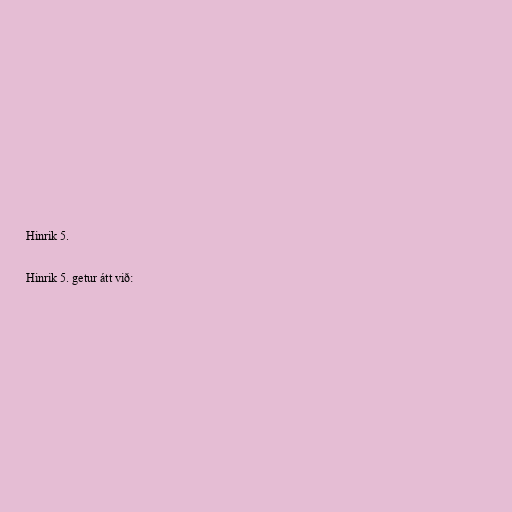
Hinrik 5.

Hinrik 5. getur átt við: